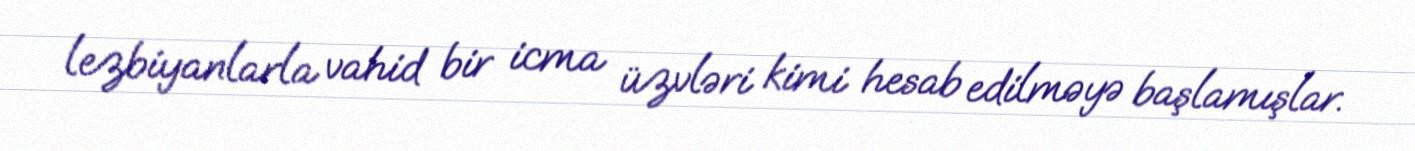
lezbiyanlarla vahid bir icma üzvləri kimi hesab edilməyə başlamışlar.